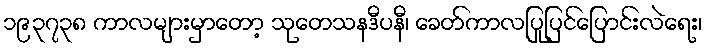
၁၉၃၇၃၈ ကာလများမှာတော့ သုတေသနဒီပနီ၊ ခေတ်ကာလပြုပြင်ပြောင်းလဲရေး၊